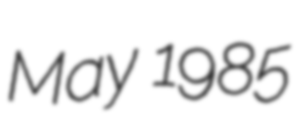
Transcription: May 1985